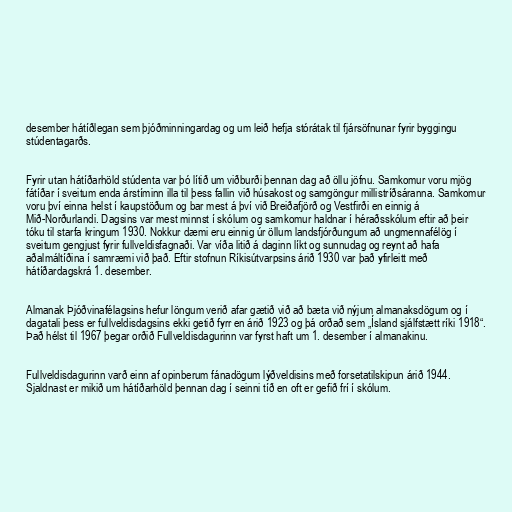
desember hátíðlegan sem þjóðminningardag og um leið hefja stórátak til fjársöfnunar fyrir byggingu
stúdentagarðs.

Fyrir utan hátíðarhöld stúdenta var þó lítið um viðburði þennan dag að öllu jöfnu. Samkomur voru mjög
fátíðar í sveitum enda árstíminn illa til þess fallin við húsakost og samgöngur millistríðsáranna. Samkomur
voru því einna helst í kaupstöðum og bar mest á því við Breiðafjörð og Vestfirði en einnig á
Mið-Norðurlandi. Dagsins var mest minnst í skólum og samkomur haldnar í héraðsskólum eftir að þeir
tóku til starfa kringum 1930. Nokkur dæmi eru einnig úr öllum landsfjórðungum að ungmennafélög í
sveitum gengjust fyrir fullveldisfagnaði. Var víða litið á daginn líkt og sunnudag og reynt að hafa
aðalmáltíðina í samræmi við það. Eftir stofnun Ríkisútvarpsins árið 1930 var það yfirleitt með
hátíðardagskrá 1. desember.

Almanak Þjóðvinafélagsins hefur löngum verið afar gætið við að bæta við nýjum almanaksdögum og í
dagatali þess er fullveldisdagsins ekki getið fyrr en árið 1923 og þá orðað sem „Ísland sjálfstætt ríki 1918“.
Það hélst til 1967 þegar orðið Fullveldisdagurinn var fyrst haft um 1. desember í almanakinu.

Fullveldisdagurinn varð einn af opinberum fánadögum lýðveldisins með forsetatilskipun árið 1944.
Sjaldnast er mikið um hátíðarhöld þennan dag í seinni tíð en oft er gefið frí í skólum.